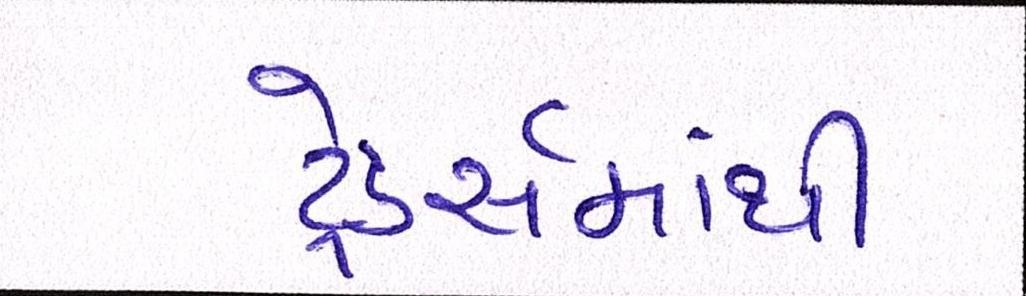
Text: ટ્રેડર્સમાંથી